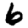
Digit: 6